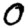
Digit: 0